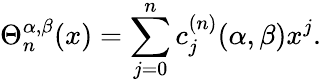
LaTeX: \Theta_{n}^{\alpha,\beta}(x)=\sum_{j=0}^{n}c_{j}^{(n)}{(\alpha,\beta)}x^{j}.